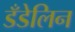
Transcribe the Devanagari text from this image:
डँडेलिन